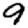
Digit: 9